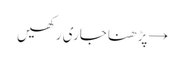
→ پڑھنا جاری رکھیں